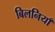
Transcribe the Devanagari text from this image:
बिलनियाँ